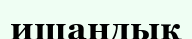
ишандық